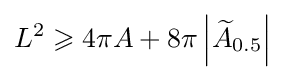
L^{2}\geqslant 4\pi A+8\pi \left|{\widetilde {A}}_{0.5}\right|